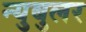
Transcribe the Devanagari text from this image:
न्‍युबुलर